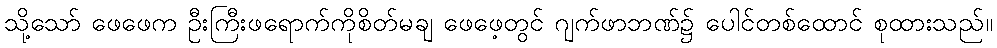
သို့သော် ဖေဖေက ဦးကြီးဖရောက်ကိုစိတ်မချ ဖေဖေ့တွင် ဂျက်ဖာဘဏ်၌ ပေါင်တစ်ထောင် စုထားသည်။